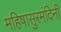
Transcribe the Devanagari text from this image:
महिषासुरमंदिनी